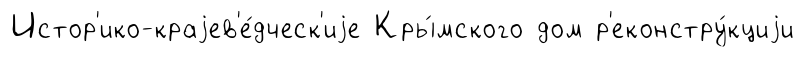
Истор'ико-краjев'е́дческ'иjе Кры́мского дом р'еконстру́кциjи